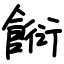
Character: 餰